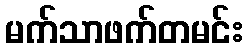
မက်သာဖက်တမင်း